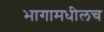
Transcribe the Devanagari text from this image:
भागामधीलच